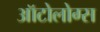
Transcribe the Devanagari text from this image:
ऑटोलोग्स